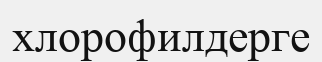
хлорофилдерге